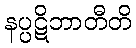
နပ္ပဋိဘာတီတိ